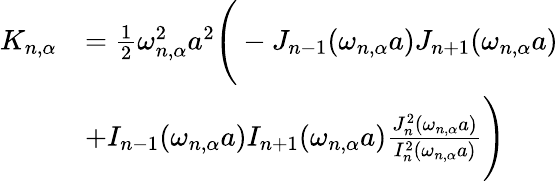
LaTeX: \begin{array}{rl}{K_{n,\alpha}}&{=\frac{1}{2}\omega_{n,\alpha}^{2}a^{2}\Bigg(-J_{n-1}(\omega_{n,\alpha}a)J_{n+1}(\omega_{n,\alpha}a)}\\ &{+I_{n-1}(\omega_{n,\alpha}a)I_{n+1}(\omega_{n,\alpha}a)\frac{J_{n}^{2}(\omega_{n,\alpha}a)}{I_{n}^{2}(\omega_{n,\alpha}a)}\Bigg)}\end{array}